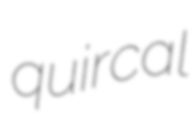
quircal